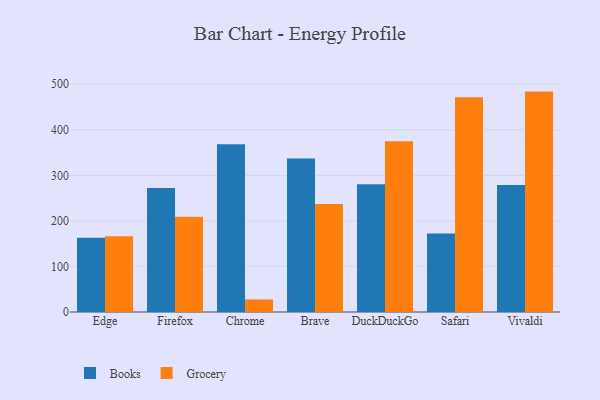
{"axis": {"x": "Browser", "y": "Customer Acquisition Cost (USD)"}, "legend": ["Books", "Grocery"], "data": [{"x": "Edge", "y": 162.9, "type": "Books"}, {"x": "Edge", "y": 166.3, "type": "Grocery"}, {"x": "Firefox", "y": 272.1, "type": "Books"}, {"x": "Firefox", "y": 208.9, "type": "Grocery"}, {"x": "Chrome", "y": 368.3, "type": "Books"}, {"x": "Chrome", "y": 27.6, "type": "Grocery"}, {"x": "Brave", "y": 337.0, "type": "Books"}, {"x": "Brave", "y": 237.1, "type": "Grocery"}, {"x": "DuckDuckGo", "y": 280.6, "type": "Books"}, {"x": "DuckDuckGo", "y": 374.8, "type": "Grocery"}, {"x": "Safari", "y": 172.2, "type": "Books"}, {"x": "Safari", "y": 471.4, "type": "Grocery"}, {"x": "Vivaldi", "y": 278.9, "type": "Books"}, {"x": "Vivaldi", "y": 483.9, "type": "Grocery"}]}